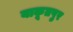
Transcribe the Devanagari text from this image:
याकूतपुर